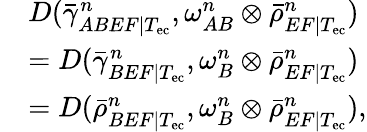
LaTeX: \begin{array}{rl}&{D(\bar{\gamma}_{ABEF|T_{\mathrm{ec}}}^{n},\omega_{AB}^{n}\otimes\bar{\rho}_{EF|T_{\mathrm{ec}}}^{n})}\\ &{=D(\bar{\gamma}_{BEF|T_{\mathrm{ec}}}^{n},\omega_{B}^{n}\otimes\bar{\rho}_{EF|T_{\mathrm{ec}}}^{n})}\\ &{=D(\bar{\rho}_{BEF|T_{\mathrm{ec}}}^{n},\omega_{B}^{n}\otimes\bar{\rho}_{EF|T_{\mathrm{ec}}}^{n}),}\end{array}